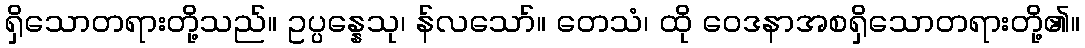
ရှိသောတရားတို့သည်။ ဥပ္ပန္နေသု၊ န်လသော်။ တေသံ၊ ထို ဝေဒနာအစရှိသောတရားတို့၏။